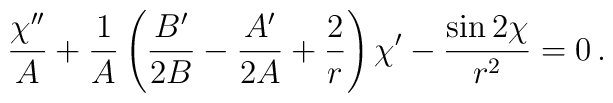
{\chi''\over A} +{1\over A}\left({B'\over 2B}-{A'\over 2A}+{2\over r}\right)\chi' -{\sin 2\chi \over r^2}=0\,.